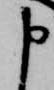
申